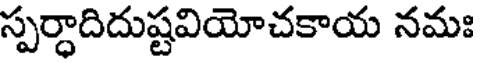
స్పర్ధాదిదుష్టవియోచకాయ నమః